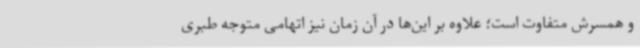
و همسرش متفاوت است؛ علاوه بر این‌ها در آن زمان نیز اتهامی متوجه طبری